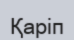
Қаріп